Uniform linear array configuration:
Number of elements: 16
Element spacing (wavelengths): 0.75
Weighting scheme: hann
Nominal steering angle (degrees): -15
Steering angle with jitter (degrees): -13.6
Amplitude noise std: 0.05
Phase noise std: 0.05

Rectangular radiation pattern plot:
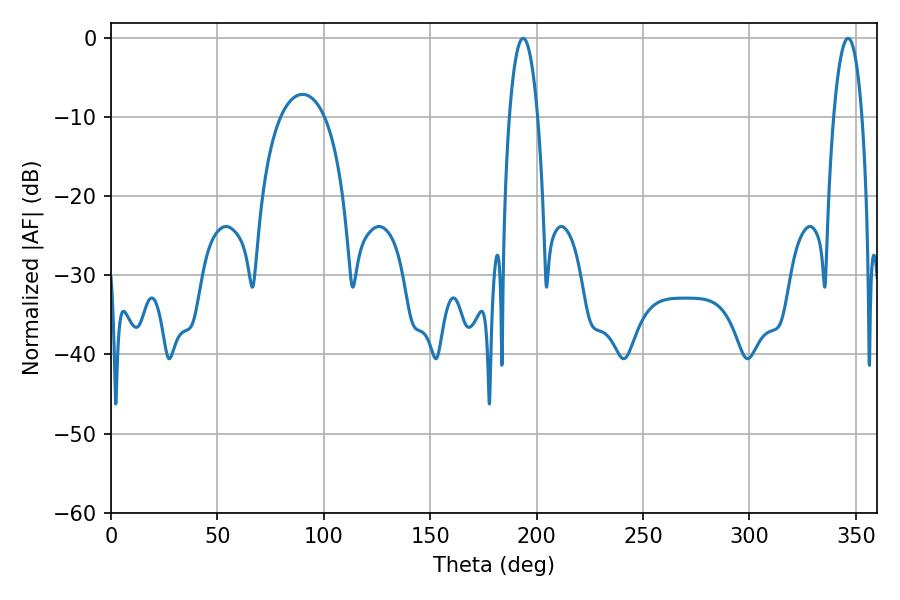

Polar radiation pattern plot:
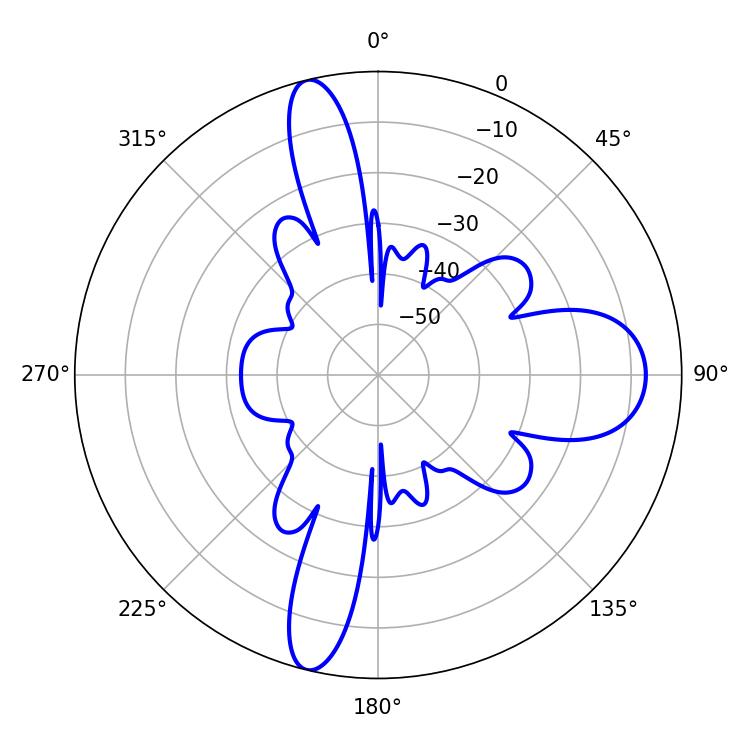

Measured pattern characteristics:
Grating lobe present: TRUE
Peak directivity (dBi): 24.564
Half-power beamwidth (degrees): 7.56
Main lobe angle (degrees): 346.32